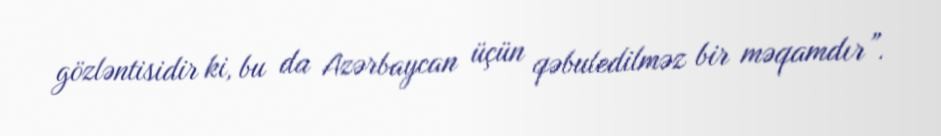
gözləntisidir ki, bu da Azərbaycan üçün qəbuledilməz bir məqamdır”.